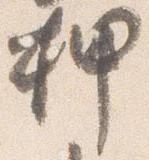
押